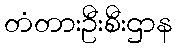
တံတားဦးစီးဌာန